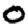
Digit: 0